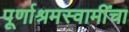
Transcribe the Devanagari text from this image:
पूर्णाश्रमस्वामींचा